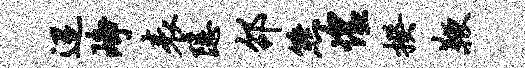
迢峥表隐邵熊惶揆鞭